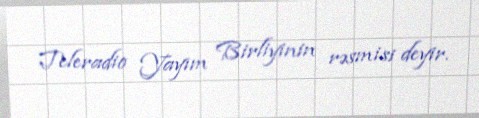
Teleradio Yayım Birliyinin rəsmisi deyir.